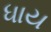
ધાય